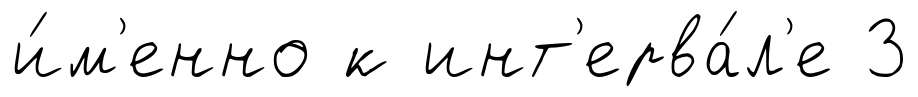
и́м'енно к инт'ерва́л'е 3